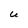
Character: u